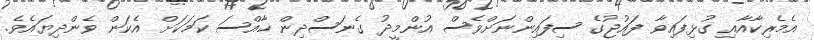
އެމެރިކާއާއި ގުޅިފައިވާ ފައުޖުގެ ސިފައިންނަށްވެސް އުންމީދު ގެނަސްދިން ޚާއްސަ ކަމަކަށް އެކަން ވެންދިޔައެވެ.